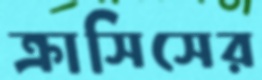
ক্রাসিসের